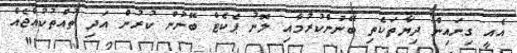
އެއީ ގިނައިން ދިޔާތަކެތި ބޭނުންކުރުމާއި ލޮނު ޕެކެޓް ބޭނުން ކުރުން އަދި ތުއްތުކުއްޖެއް